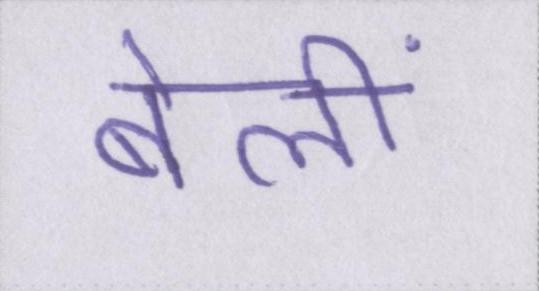
बेलीं